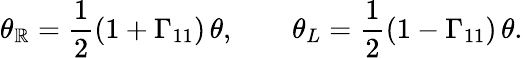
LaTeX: \theta_{\mathbb{R}}={\frac{{1}}{{2}}}(1+\Gamma_{11})\, \theta,\qquad\theta_{L}={\frac{{1}}{{2}}}(1-\Gamma_{11})\, \theta.